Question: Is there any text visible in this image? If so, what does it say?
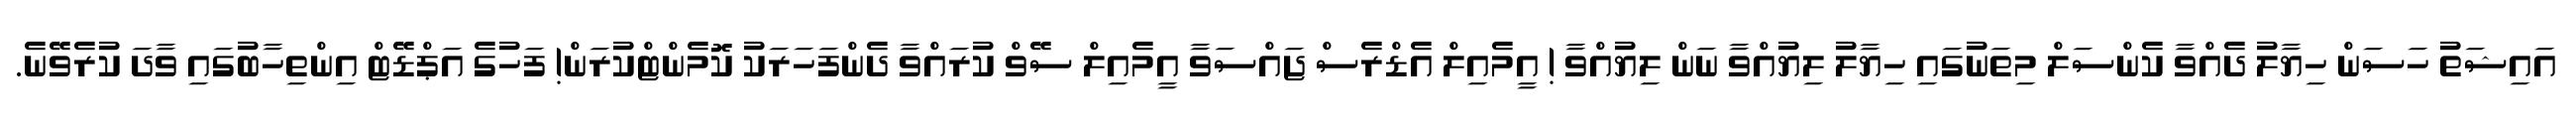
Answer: އައިޝަތު ހަސަން ހިޔާލު ދެއްވާ ކެންސަލް މިތަނުގައި ހިޔާލު ލިޔުއްވާ ނަން ލިޔުއްވާ ! އީމެއިލް އެޑްރެސް ޖައްސަވާ އީމެއިލް ސޭވް ކުރައްވާ ދެންފަހަރަކު ކޮމެންޓްކުރަން! ފަހުގެ އަޕްޑޭޓް އިންތިހާބުގައި ވާދަ ކުރެވޭނެ.